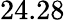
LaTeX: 24.28